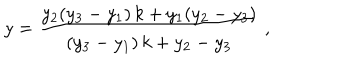
LaTeX: y = \frac { y _ { 2 } ( y _ { 3 } - y _ { 1 } ) \, k + y _ { 1 } ( y _ { 2 } - y _ { 3 } ) } { ( y _ { 3 } - y _ { 1 } ) \, k + y _ { 2 } - y _ { 3 } } \ ,